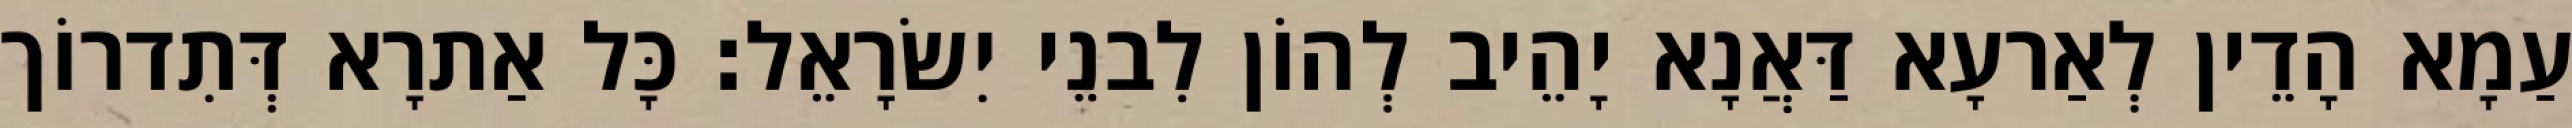
עַמָא הָדֵין לְאַרעָא דַּאֲנָא יָהֵיב לְהוֹן לִבנֵי יִשׂרָאֵל׃ כָּל אַתרָא דְּתִדרוֹך